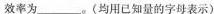
效率为___。（均用已知量的字母表示）